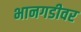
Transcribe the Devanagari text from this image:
भानगडीवर